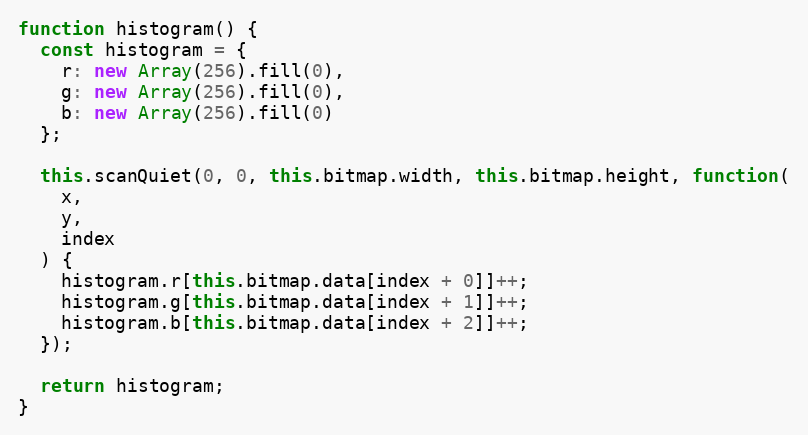
Language: JavaScript
function histogram() {
  const histogram = {
    r: new Array(256).fill(0),
    g: new Array(256).fill(0),
    b: new Array(256).fill(0)
  };

  this.scanQuiet(0, 0, this.bitmap.width, this.bitmap.height, function(
    x,
    y,
    index
  ) {
    histogram.r[this.bitmap.data[index + 0]]++;
    histogram.g[this.bitmap.data[index + 1]]++;
    histogram.b[this.bitmap.data[index + 2]]++;
  });

  return histogram;
}